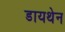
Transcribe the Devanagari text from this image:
डायथेन